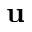
{ \bf u }